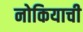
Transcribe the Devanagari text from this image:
नोकियाची